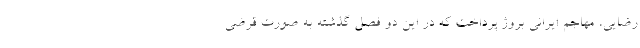
رضایی، مهاجم ایرانی بروژ پرداخت که در این دو فصل گذشته به صورت قرضی